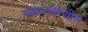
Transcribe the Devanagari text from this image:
मंडळाचेदेखील